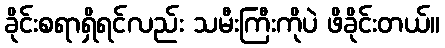
ခိုင်းစရာရှိရင်လည်း သမီးကြီးကိုပဲ ဖိခိုင်းတယ်။